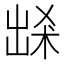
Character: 𭂽